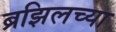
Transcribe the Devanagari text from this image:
ब्रझिलच्या